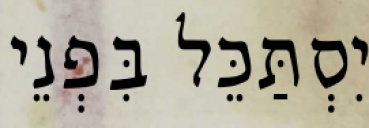
יִסְתַּכֵּל בִּפְנֵי